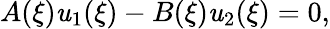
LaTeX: A(\xi)\mathit{u}_{1}(\xi)-B(\xi)\mathit{u}_{2}(\xi)=0,